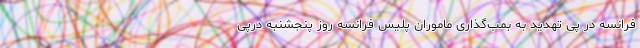
فرانسه در پی تهدید به بمب‌گذاری ماموران پلیس فرانسه روز پنجشنبه درپی